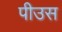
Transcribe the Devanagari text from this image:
पीउस